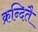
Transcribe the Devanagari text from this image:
क्रन्दितै